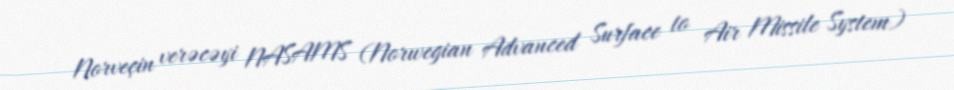
Norveçin verəcəyi NASAMS (Norwegian Advanced Surface to Air Missile System)